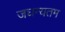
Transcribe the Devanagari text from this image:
जघन्यतम